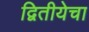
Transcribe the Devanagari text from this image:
द्वितीयेचा